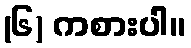
(၆) ကစားပါ။